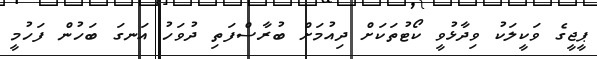
ޕީޖީގެ ވަކީލަކު ވިދާޅުވީ ކޯޓުތަކަށް ދިއުމަށް ބުރާސްފަތި ދުވަހު އަނގަ ބަހުން ފަހުމީ